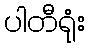
ပါတီရုံး